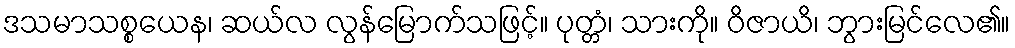
ဒသမာသစ္စယေန၊ ဆယ်လ လွန်မြောက်သဖြင့်။ ပုတ္တံ၊ သားကို။ ဝိဇာယိ၊ ဘွားမြင်လေ၏။